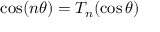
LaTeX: \cos ( n \theta ) = T _ { n } ( \cos \theta )